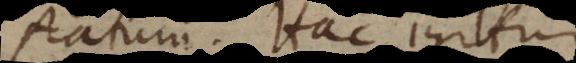
statum. Hac igitur